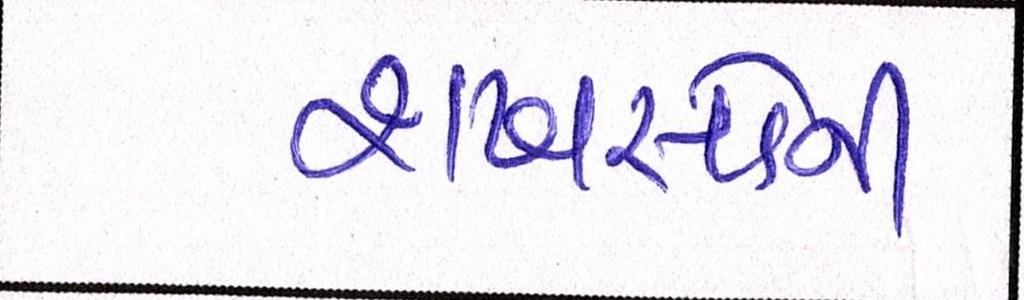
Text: શખસોની